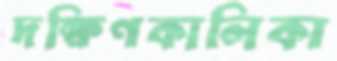
দক্ষিণকালিকা